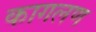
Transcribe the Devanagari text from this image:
कागलण